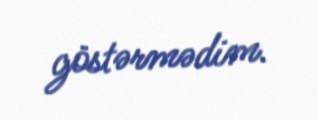
göstərmədim.